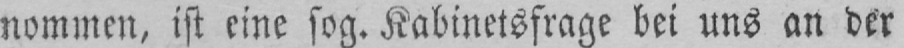
nommen, ist eine sog. Kabinetsfrage bei uns an der